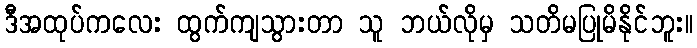
ဒီအထုပ်ကလေး ထွက်ကျသွားတာ သူ ဘယ်လိုမှ သတိမပြုမိနိုင်ဘူး။